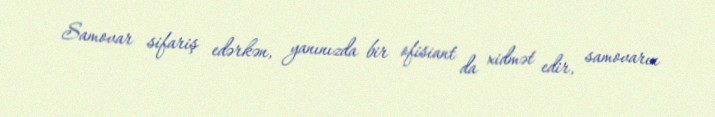
Samovar sifariş edərkən, yanınızda bir ofisiant da xidmət edir, samovarın